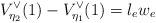
LaTeX: \begin{align*}V_{\eta_2}^\vee(1)-V_{\eta_1}^\vee(1) = l_e w_e\end{align*}